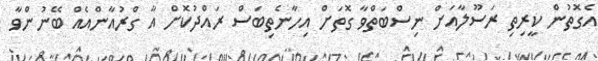
އެގޮތުން ކީރިތި ރަސޫލާއަށް ނިސްބަތްވާ ގޮތަށް އިހާނެތިބަސް ރައްދުކޮށް އާ ގްރުއާންއެއް ބޭނުންވާ